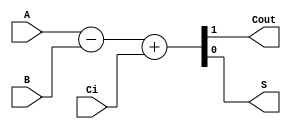
`timescale 1ns / 1ps
//////////////////////////////////////////////////////////////////////////////////
// Company: 
// Engineer: 
// 
// Design Name: 
// Module Name:    sum1bcc 
// Project Name: 
// Target Devices: 
// Tool versions: 
// Description: 
//
// Dependencies: 
//
// Revision: 
// Revision 0.01 - File Created
// Additional Comments: 
//
//////////////////////////////////////////////////////////////////////////////////
module rest1bcc (A, B, Ci,Cout,S);

  input  A;
  input  B;
  input  Ci;
  output Cout;
  output S;

  reg [1:0] st;

  assign S = st[0];
  assign Cout = st[1];

  always @ ( * ) begin
  	st  = 	A-B+Ci;
  end
  
endmodule